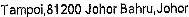
TAMPOI,81200 JOHOR BAHRU,JOHOR